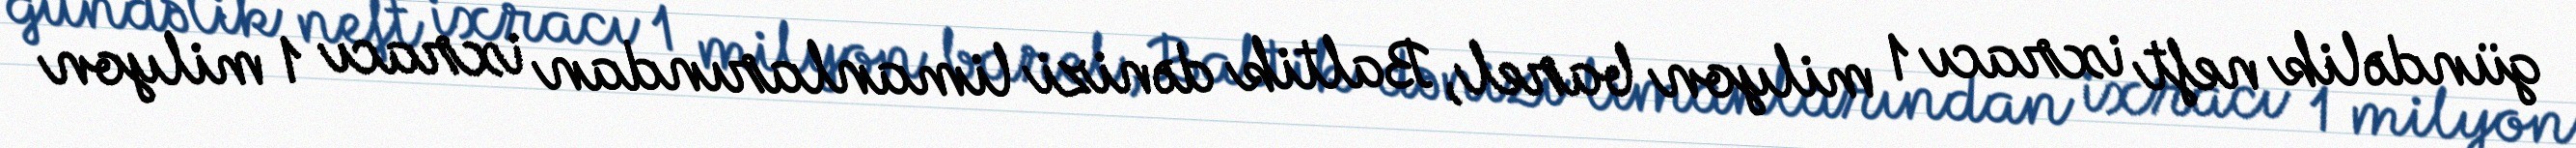
gündəlik neft ixracı 1 milyon barel, Baltik dənizi limanlarından ixracı 1 milyon